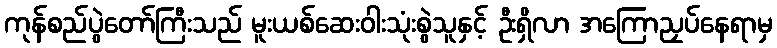
ကုန်စည်ပွဲတော်ကြီးသည် မူးယစ်ဆေးဝါးသုံးစွဲသူနှင့် ဦးရှိလာ အကြောညှပ်နေရာမှ